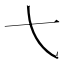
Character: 𫠠